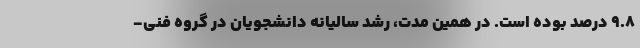
۹.۸ درصد بوده است. در همین مدت، رشد سالیانه دانشجویان در گروه فنی-